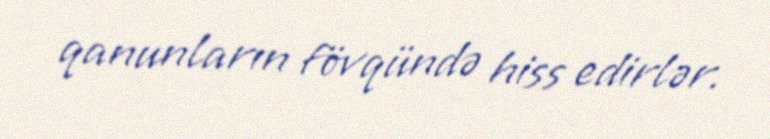
qanunların fövqündə hiss edirlər.